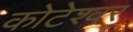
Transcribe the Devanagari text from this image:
कोटेश्‍वर